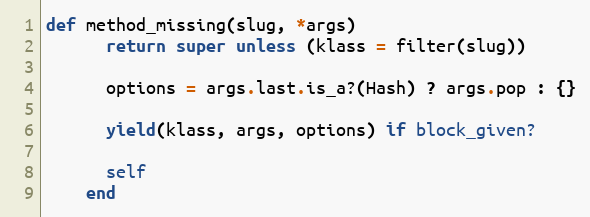
Language: Ruby
def method_missing(slug, *args)
      return super unless (klass = filter(slug))

      options = args.last.is_a?(Hash) ? args.pop : {}

      yield(klass, args, options) if block_given?

      self
    end